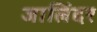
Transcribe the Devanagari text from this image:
जालिंदर